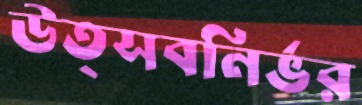
উত্সবনির্ভর